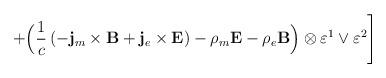
LaTeX: \begin{align*}+\Bigl(\frac1c\left(-{\bf j}_m\times{\bf B}+{\bf j}_e\times{\bf E}\right)-\rho_m{\bf E}-\rho_e{\bf B}\Bigr)\otimes\varepsilon^1\vee\varepsilon^2\Biggr]\end{align*}